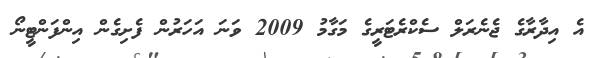
އެ އިދާރާގެ ޖެނެރަލް ސެކްރެޓަރީގެ މަގާމު 2009 ވަނަ އަހަރުން ފެށިގެން އިންފަންޓީނޯ